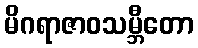
မိဂရာဇာဝသမ္ဘီတော